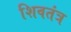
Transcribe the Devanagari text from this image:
शिवतंत्र